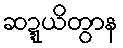
ဆဍ္ဍယိတွာန